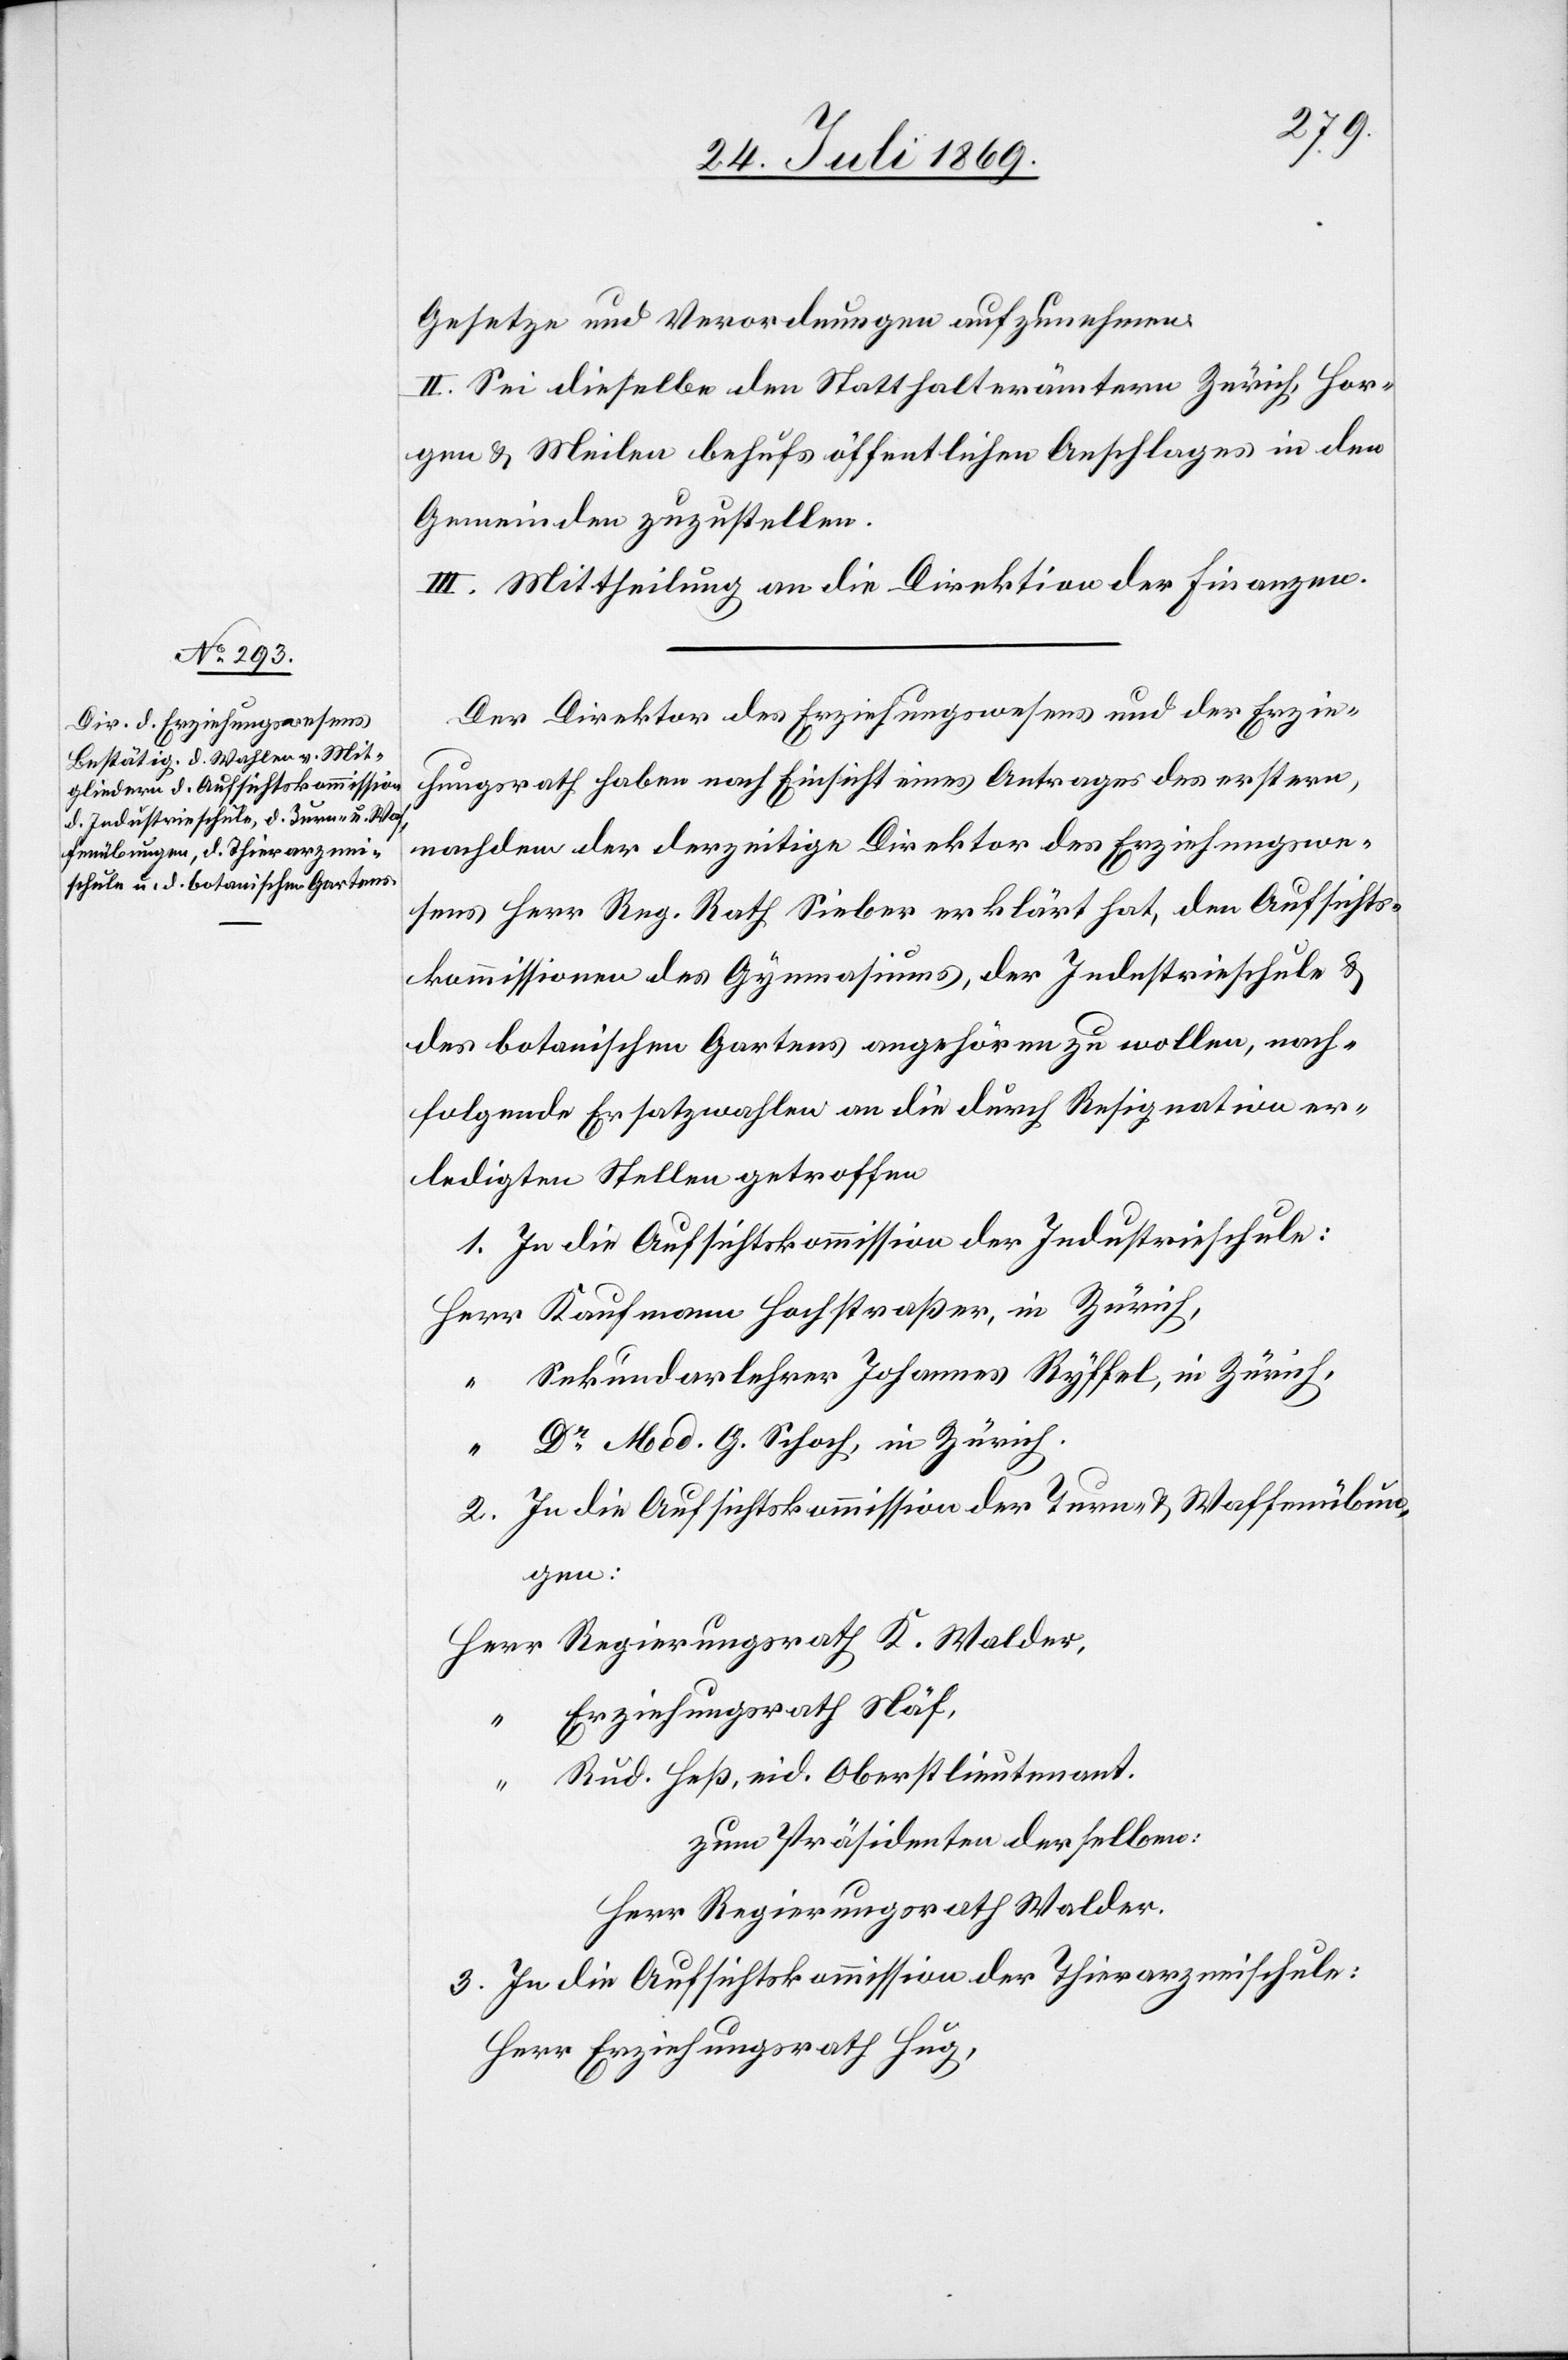
Gesetze und Verordnungen aufzunehmen.
II. Sei dieselbe den Statthalterämtern Zürich, Hor¬
gen, u. Meilen behufs öffentlichen Anschlages in den
Gemeinden zuzustellen.
III. Mittheilung an die Direktion der Finanzen.
Der Direktor des Erziehungswesens und der Erzie¬
hungsrath haben nach Einsicht eines Antrages des erstern,
nachdem der derzeitige Direktor des Erziehungswe¬
sens Herr Reg. Rath. Sieber erklärt hat, den Aufsichts¬
kommissionen des Gymnasiums, der Industrieschule u.
des botanischen Gartens angehören zu wollen, nach¬
folgende Ersatzwahlen an die durch Resignation er¬
ledigten Stellen getroffen.
1. In die Aufsichtskommission der Industrieschule:
Herr Kaufmann Hochstraßer, in Zürich,
Sekundarlehrer Johannes Ryffel, in Zürich,
Dr Med. G. Schoch, in Zürich.
2. In die Aufsichtskommission der Turn- u. Waffenübun¬
gen:
Herr Regierungsrath K. Walder,
Erziehungsrath Näf,
“	 Rud. Heß, eid. Oberstlieutnant.
Zum Präsidenten derselben:
Herr Regierungsrath Walder.
3. In die Aufsichtskommission der Thierarzneischule:
Herr Erziehungsrath Hug,